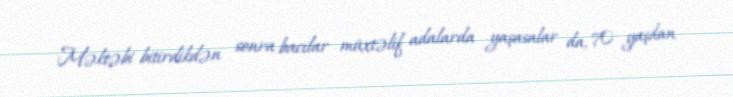
Məktəbi bitirdikdən sonra bacılar müxtəlif adalarda yaşasalar da, 70 yaşdan